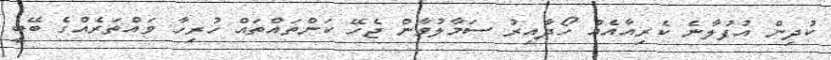
ކުދިން އުފުލާނެ ކެރިއާއެއް ހޯދާއިރު ސަމާލުވާން ޖެހޭ ކަންތައްތައް ހުރިހާ ވައްތަރެއްގެ ބޭބީ